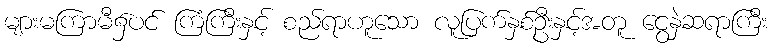
များမကြာမီ၌ပင် ကြံကြီးနှင့် စည်ရာဟူသော လူပြက်နှစ်ဦးနှင့်အတူ ငွေနှဲဆရာကြီး